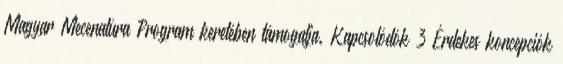
Magyar Mecenatúra Program keretében támogatja. Kapcsolódók 3 Érdekes koncepciók